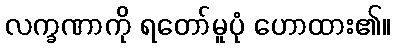
လက္ခဏာကို ရတော်မူပုံ ဟောထား၏။